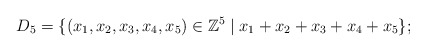
\begin{align*}D_5 = \{(x_1, x_2,x_3,x_4,x_5) \in \mathbb Z^5 \mid x_1+x_2+x_3+x_4+x_5 \};\end{align*}